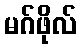
မဂ်ဖိုလ်